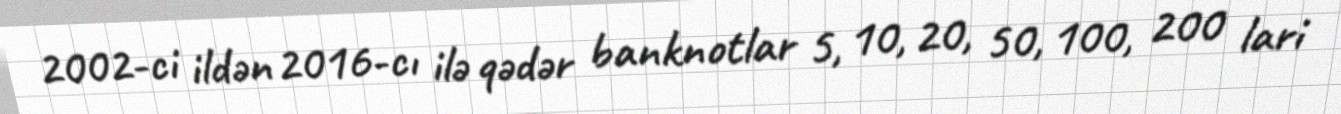
2002-ci ildən 2016-cı ilə qədər banknotlar 5, 10, 20, 50, 100, 200 lari